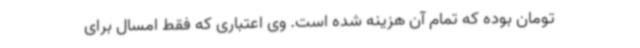
تومان بوده که تمام آن هزینه شده است. وی اعتباری که فقط امسال برای